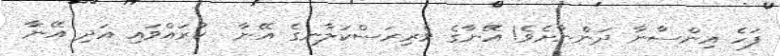
ފަހެ އިންސާނާ ދަންނާށެވެ! އޭނާގެ ވެރިރަސްކަލާނގެ އޭނާ  ކުރައްވައި އަދި އޭނާ